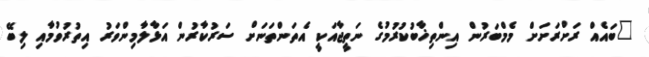
"ބައެއް ރަށްރަށަށް މެމްބަރުން އިންތިޚާބުކުރުމުގެ ނަތީޖާއަކީ އެތަންތަނަށް ސަރުކާރުން އަޅާލާމިންވަރު އިތުރުވުމާއި ލިބޭ